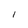
Character: I